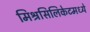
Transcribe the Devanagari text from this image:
मिश्रसिलिकेटमध्ये